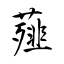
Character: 薤